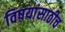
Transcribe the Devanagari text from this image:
विषयांसाठीच